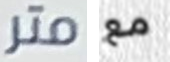
متر مع